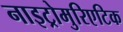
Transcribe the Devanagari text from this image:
नाइट्रोमुरिएटिक